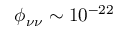
\phi _ { \nu \nu } \sim 1 0 ^ { - 2 2 }